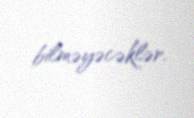
bilməyəcəklər.